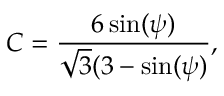
C = \frac { 6 \sin ( \psi ) } { \sqrt { 3 } ( 3 - \sin ( \psi ) } ,